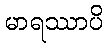
မာရဿာပိ